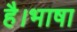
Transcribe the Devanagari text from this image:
है।भाषा